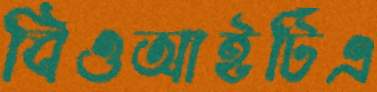
বিওআইটিএ